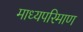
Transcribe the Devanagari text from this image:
माध्यपरिमाण